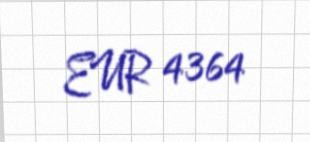
EUR 4364